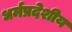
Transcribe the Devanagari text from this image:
धर्मप्रदेशीय